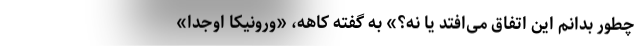
چطور بدانم این اتفاق می‌افتد یا نه؟» به گفته کاهه، «ورونیکا اوجِدا»